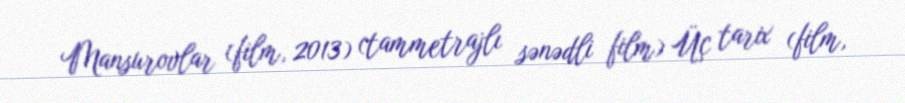
Mansurovlar (film, 2013) (tammetrajlı sənədli film) Üç tarix (film,